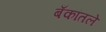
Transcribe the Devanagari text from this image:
बँकांतले